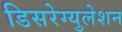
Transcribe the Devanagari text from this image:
डिसरेग्युलेशन